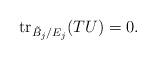
LaTeX: \begin{align*} \mathrm{tr}_{\tilde{B}_j/E_j}(TU)=0.\end{align*}